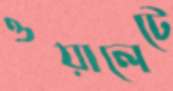
ওয়ালেটে